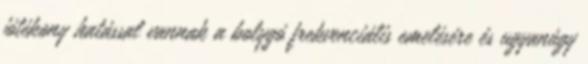
jótékony hatással vannak a bolygó frekvenciális emelésére és ugyanúgy